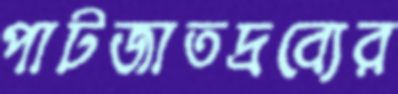
পাটজাতদ্রব্যের